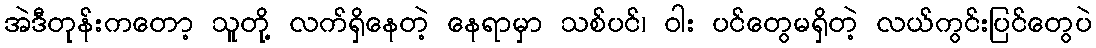
အဲဒီတုန်းကတော့ သူတို့ လက်ရှိနေတဲ့ နေရာမှာ သစ်ပင်၊ ဝါး ပင်တွေမရှိတဲ့ လယ်ကွင်းပြင်တွေပဲ